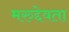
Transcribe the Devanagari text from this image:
मरुद्देवता